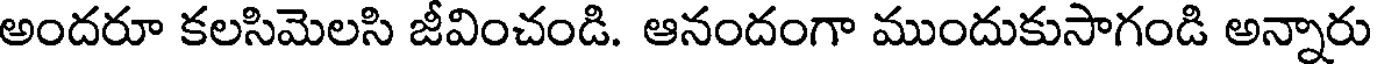
అందరూ కలసిమెలసి జీవించండి. ఆనందంగా ముందుకుసాగండి అన్నారు